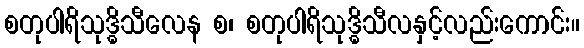
စတုပါရိသုဒ္ဓိသီလေန စ၊ စတုပါရိသုဒ္ဓိသီလနှင့်လည်းကောင်း။